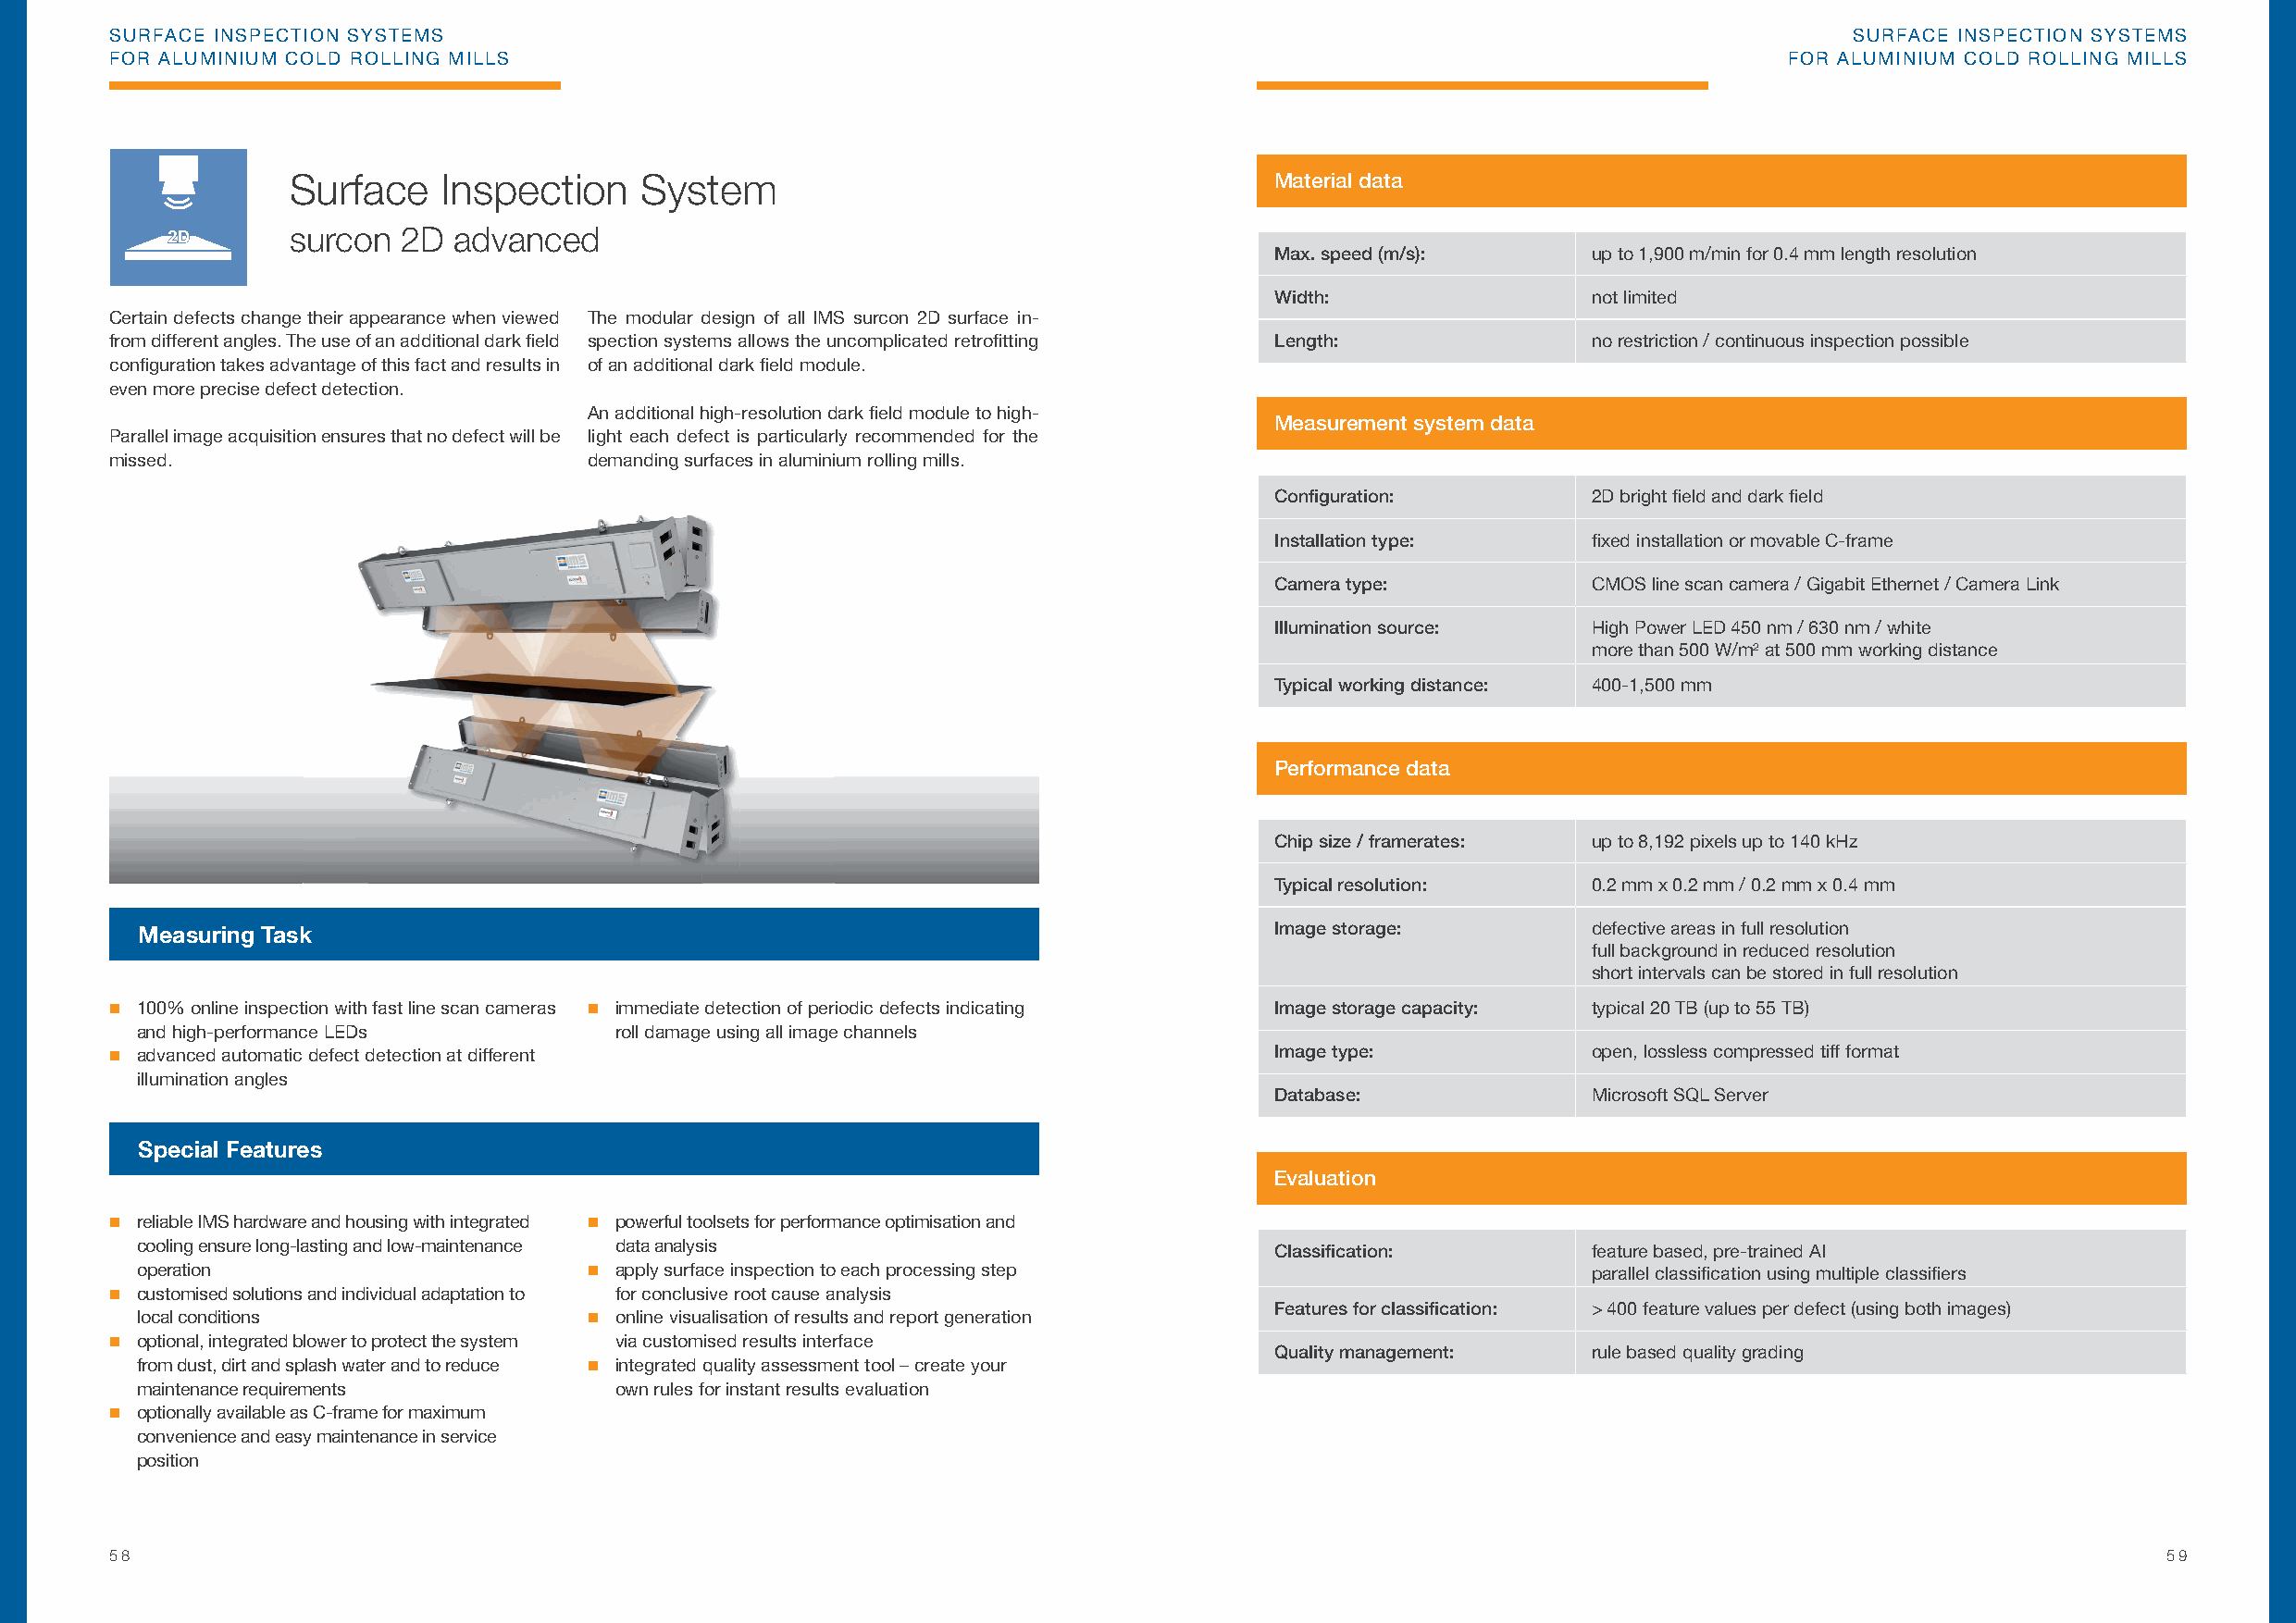
SURFACE INSPECTION SYSTEMS                                                                                                   SURFACE INSPECTION SYSTEMS
 FOR ALUMINIUM COLD ROLLING MILLS                                                                                        FOR ALUMINIUM COLD ROLLING MILLS
 Surface    Inspection    System                                       Material data
 surcon  2D advanced
 Max. speed (m/s):      up to 1,900 m/min for 0.4 mm length resolution
 Width:                 not limited
 Certain defects change their appearance when viewed The modular design of all IMS surcon 2D surface in-
 from different angles. The use of an additional dark fi eld spection systems allows the uncomplicated retrofi tting Length: no restriction / continuous inspection possible
 confi guration takes advantage of this fact and results in of an additional dark fi eld module.
 even more precise defect detection.
 An additional high-resolution dark fi eld module to high-
 Measurement system data
 Parallel image acquisition ensures that no defect will be light each defect is particularly recommended for the
 missed.                           ddeemmaannddiinngg ssuurrffaacceess iinn aalluummiinniiuumm rroolllliinngg mmiillllss..
 Confi guration:        2D bright fi eld and dark fi eld
 Installation type:     fi xed installation or movable C-frame
 Camera type:           CMOS line scan camera / Gigabit Ethernet / Camera Link
 Illumination source:   High Power LED 450 nm / 630 nm / white
 more than 500 W/m² at 500 mm working distance
 Typical working distance: 400-1,500 mm
 Performance data
 Chip size / framerates: up to 8,192 pixels up to 140 kHz
 Typical resolution:    0.2 mm x 0.2 mm / 0.2 mm x 0.4 mm
 Measuring Task                                                                   Image storage:         defective areas in full resolution
 full background in reduced resolution
 short intervals can be stored in full resolution
  100% online inspection with fast line scan cameras  immediate detection of periodic defects indicating Image storage capacity: typical 20 TB (up to 55 TB)
 and high-performance LEDs         roll damage using all image channels
  advanced automatic defect detection at different                                 Image type:            open, lossless compressed tiff format
 illumination angles
 Database:              Microsoft SQL Server
 Special Features
 Evaluation
  reliable IMS hardware and housing with integrated  powerful toolsets for performance optimisation and
 cooling ensure long-lasting and low-maintenance data analysis                    Classifi cation:       feature based, pre-trained AI
 operation                        apply surface inspection to each processing step                      parallel classifi cation using multiple classifi ers
  customised solutions and individual adaptation to for conclusive root cause analysis
 Features for classifi cation: > 400 feature values per defect (using both images)
 local conditions                 online visualisation of results and report generation
  optional, integrated blower to protect the system via customised results interface
 Quality management:    rule based quality grading
 from dust, dirt and splash water and to reduce  integrated quality assessment tool – create your
 maintenance requirements          own rules for instant results evaluation
  optionally available as C-frame for maximum
 convenience and easy maintenance in service
 position
 58                                                                                                                                                 59